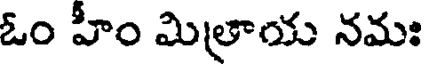
ఓం హీం మిత్రాయ నమః